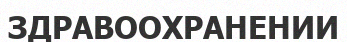
ЗДРАВООХРАНЕНИИ